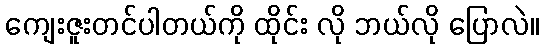
ကျေးဇူးတင်ပါတယ်ကို ထိုင်း လို ဘယ်လို ပြောလဲ။